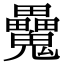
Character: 𩴻